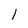
Character: 1